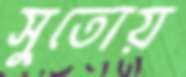
সুতোয়